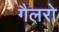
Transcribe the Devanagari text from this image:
गैलरो